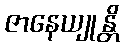
ဇာနေယျုန္တိ